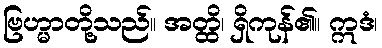
ဗြဟ္မာတို့သည်။ အတ္ထိ၊ ရှိကုန်၏။ ဣဒံ၊